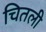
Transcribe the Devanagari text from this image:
चितली